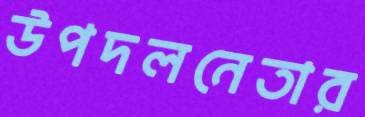
উপদলনেতার